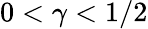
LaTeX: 0<\gamma<1/2